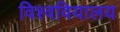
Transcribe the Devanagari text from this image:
विश्ववियालय